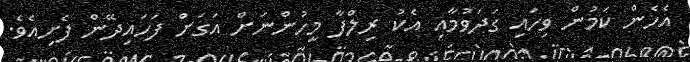
އެހެން ކަމުން ވިހައި ގަދަވުމާއި އެކު ރިލްފާ މީހުންނަށް އަގަށް ފަހައިދޭން ފެށިއެވެ.